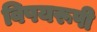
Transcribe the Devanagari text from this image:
विषयरूपी